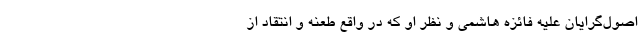
اصول‌گرایان علیه فائزه هاشمی و نظر او که در واقع طعنه و انتقاد از